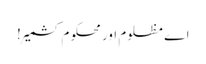
اے مظلوم اور محکوم کشمیر!